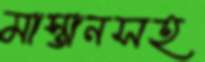
মাস্তানসহ